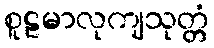
စူဠမာလုကျသုတ္တံ